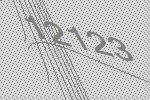
12123